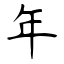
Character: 年